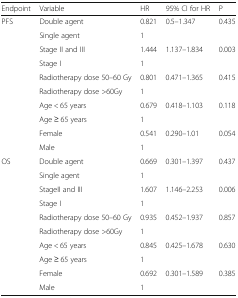
| Endpoint | Variable | HR | 95% CI for HR | P |
 | --- | --- | --- | --- | --- |
 | <ROWSPAN=10> PFS | Double agent | 0.821 | 0.5–1.347 | 0.435 |
 | Single agent | 1 |  |  |
 | Stage II and III | 1.444 | 1.137–1.834 | 0.003 |
 | Stage I | 1 |  |  |
 | Radiotherapy dose 50–60 Gy | 0.801 | 0.471–1.365 | 0.415 |
 | Radiotherapy dose >60Gy | 1 |  |  |
 | Age < 65 years | 0.679 | 0.418–1.103 | 0.118 |
 | Age ≥ 65 years | 1 |  |  |
 | Female | 0.541 | 0.290–1.01 | 0.054 |
 | Male | 1 |  |  |
 | <ROWSPAN=10> OS | Double agent | 0.669 | 0.301–1.397 | 0.437 |
 | Single agent | 1 |  |  |
 | StageII and III | 1.607 | 1.146–2.253 | 0.006 |
 | Stage I | 1 |  |  |
 | Radiotherapy dose 50–60 Gy | 0.935 | 0.452–1.937 | 0.857 |
 | Radiotherapy dose >60Gy | 1 |  |  |
 | Age < 65 years | 0.845 | 0.425–1.678 | 0.630 |
 | Age ≥ 65 years | 1 |  |  |
 | Female | 0.692 | 0.301–1.589 | 0.385 |
 | Male | 1 |  |  |